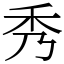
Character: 秀